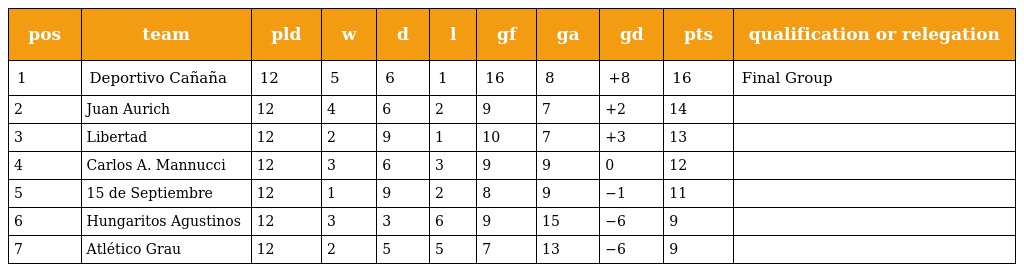
| pos | team | pld | w | d | l | gf | ga | gd | pts | qualification or relegation |
 | --- | --- | --- | --- | --- | --- | --- | --- | --- | --- | --- |
 | 1 | Deportivo Cañaña | 12 | 5 | 6 | 1 | 16 | 8 | +8 | 16 | Final Group |
 | 2 | Juan Aurich | 12 | 4 | 6 | 2 | 9 | 7 | +2 | 14 |  |
 | 3 | Libertad | 12 | 2 | 9 | 1 | 10 | 7 | +3 | 13 |  |
 | 4 | Carlos A. Mannucci | 12 | 3 | 6 | 3 | 9 | 9 | 0 | 12 |  |
 | 5 | 15 de Septiembre | 12 | 1 | 9 | 2 | 8 | 9 | −1 | 11 |  |
 | 6 | Hungaritos Agustinos | 12 | 3 | 3 | 6 | 9 | 15 | −6 | 9 |  |
 | 7 | Atlético Grau | 12 | 2 | 5 | 5 | 7 | 13 | −6 | 9 |  |